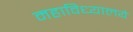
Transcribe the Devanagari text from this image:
महाविध्यालये